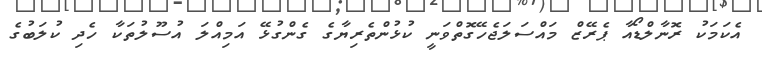
އެކަމަކު ރޮނާލްޑޯއާ ޕެރޭޒް މައްސަލަޖެހޭގޮތްވަނީ ކުޅުންތެރިޔާގެ ގެންގުޅޭ އަމިއްލަ އުސޫލުތަކާ ހެދި ކުލަބުގެ